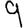
Digit: 9